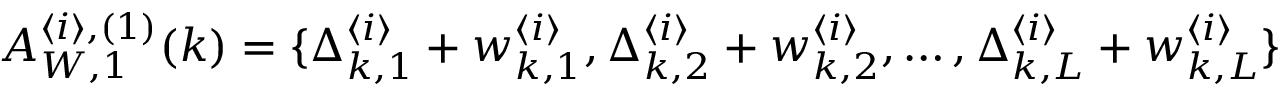
\begin{array} { r } { A _ { W , 1 } ^ { \langle i \rangle , ( 1 ) } ( k ) = \{ \Delta _ { k , 1 } ^ { \langle i \rangle } + w _ { k , 1 } ^ { \langle i \rangle } , \Delta _ { k , 2 } ^ { \langle i \rangle } + w _ { k , 2 } ^ { \langle i \rangle } , \dots , \Delta _ { k , L } ^ { \langle i \rangle } + w _ { k , L } ^ { \langle i \rangle } \} } \end{array}